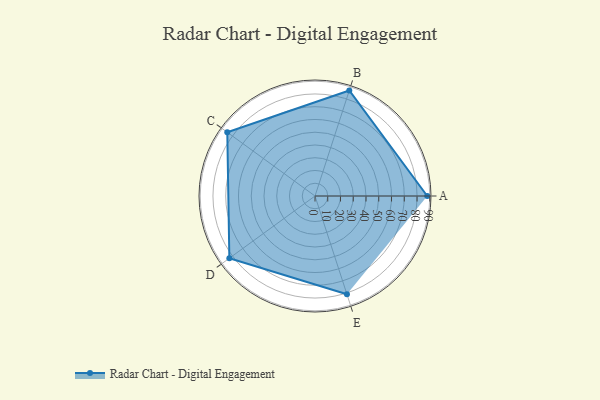
{"axis": {"x": "Skill", "y": "Score"}, "legend": ["Profile"], "data": [{"x": "A", "y": 88.0, "type": "Profile"}, {"x": "B", "y": 87.0, "type": "Profile"}, {"x": "C", "y": 85.0, "type": "Profile"}, {"x": "D", "y": 83.0, "type": "Profile"}, {"x": "E", "y": 81.0, "type": "Profile"}]}